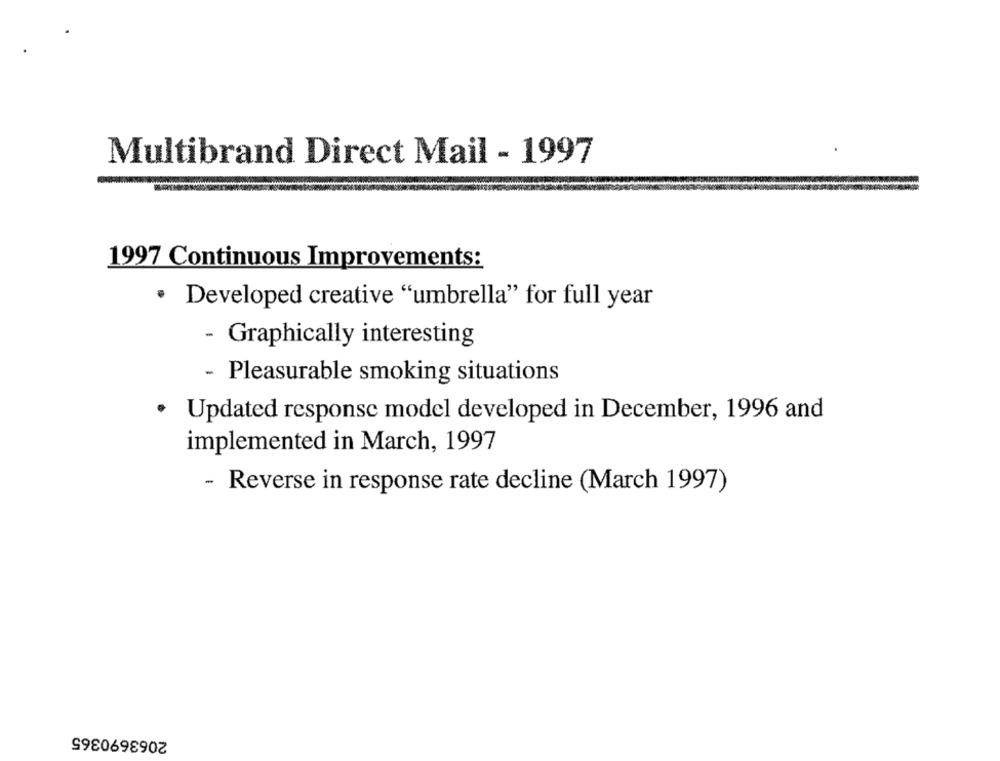
Multibrand Direct Mail - 1997
1997 Continuous Improvements:
· Developed creative "umbrella" for full year
- Graphically interesting
- Pleasurable smoking situations
· Updated response model developed in December, 1996 and
implemented in March, 1997
- Reverse in response rate decline (March 1997)
2063690365